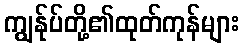
ကျွန်ုပ်တို့၏ထုတ်ကုန်များ